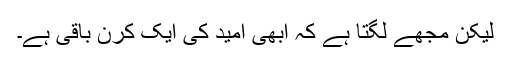
لیکن مجھے لگتا ہے کہ ابھی امید کی ایک کرن باقی ہے۔